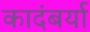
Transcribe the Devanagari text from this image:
कादंबर्या